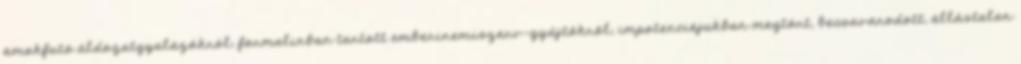
ámokfutó áldozatgyalázókról, formalinban tartott emberinemiszerv-gyűjtőkről, impotenciájukban megtört, becsavarodott, állástalan